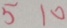
5 1 0